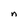
Character: n